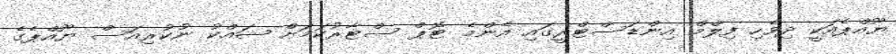
ޔޫއްޕެއަކީ ދިވެހި ފިލްމް އިންޑަސްޓްރީގައި އެންމެ ޓޮޕް ސްޓާރުކަމަށް ޝައްކު ނުކުރިއަސް ޔޫއްޕެގެ